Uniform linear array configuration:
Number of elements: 24
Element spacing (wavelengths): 0.5
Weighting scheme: blackman
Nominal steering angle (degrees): -15
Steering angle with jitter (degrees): -13.395
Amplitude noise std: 0.05
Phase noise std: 0.05

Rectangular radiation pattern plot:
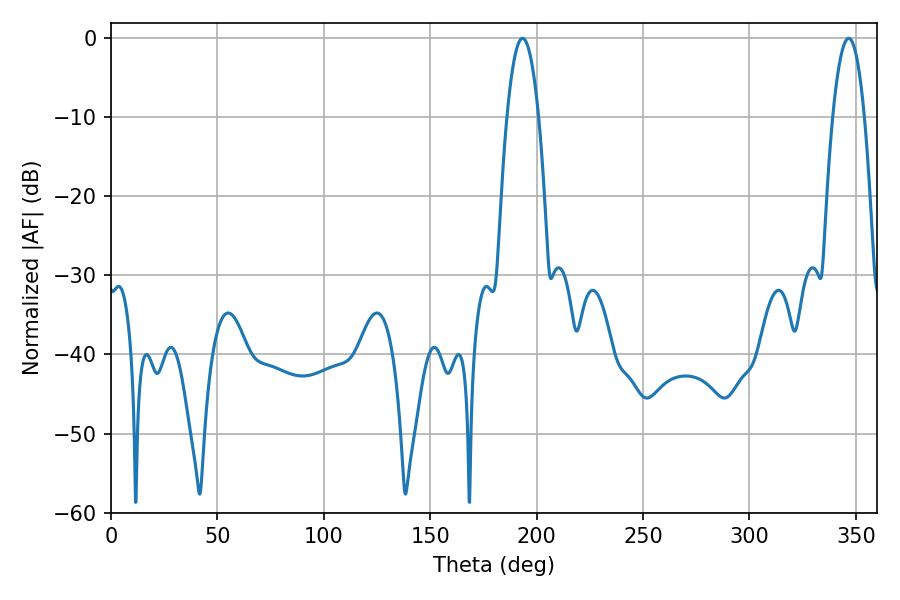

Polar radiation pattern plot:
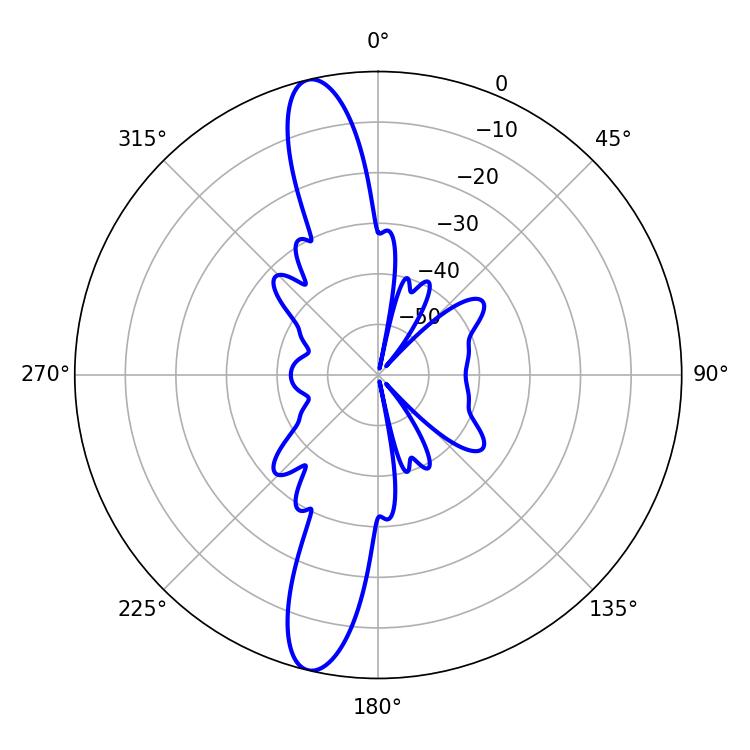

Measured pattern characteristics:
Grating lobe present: FALSE
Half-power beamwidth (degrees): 8.1
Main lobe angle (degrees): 193.32